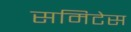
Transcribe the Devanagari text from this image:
समिटेस